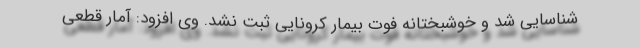
شناسایی شد و خوشبختانه فوت بیمار کرونایی ثبت نشد. وی افزود: آمار قطعی